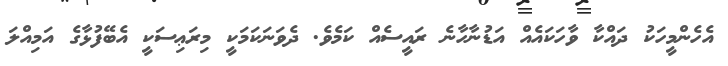
އެހެންމީހަކު ދައްކާ ވާހަކައެއް އަޑުނާހާނެ ރައީސެއް ކަމެވެ. ދެވަނަކަމަކީ މިރަޢިސަކީ އެބޭފުޅާގެ އަމިއްލަ